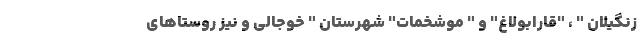
زنگیلان " ، "قارابولاغ" و " موشخمات" شهرستان " خوجالی و نیز روستاهای